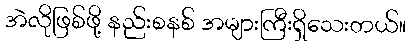
အဲလိုဖြစ်ဖို့ နည်းစနစ် အများကြီးရှိသေးတယ်။